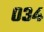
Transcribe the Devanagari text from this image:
०३४